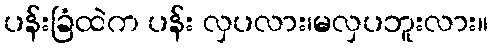
ပန်းခြံထဲက ပန်း လှပလား၊မလှပဘူးလား။